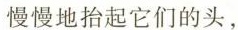
慢慢地抬起它们的头，